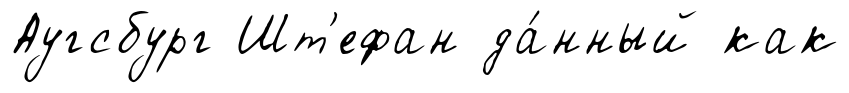
Аугсбург Шт'ефан да́нный как